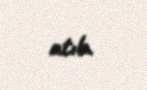
atıb.